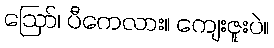
ဩော်၊ ပီကေလား။ ကျေးဇူးပဲ။